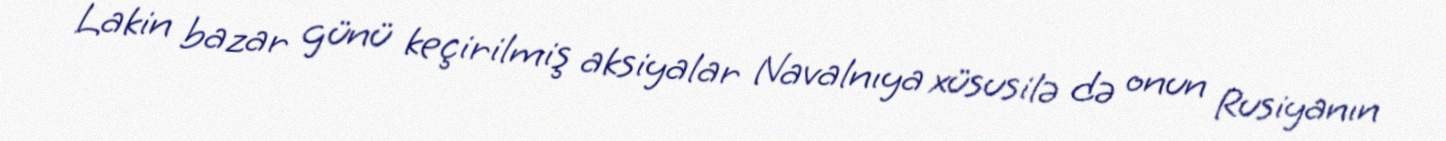
Lakin bazar günü keçirilmiş aksiyalar Navalnıya xüsusilə də onun Rusiyanın